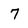
Character: 7